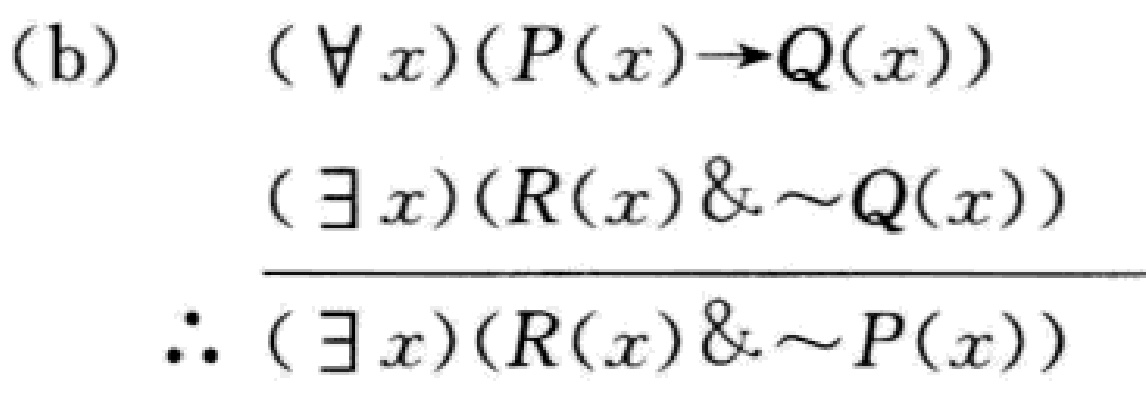
(b) \[

\begin{align*}

&(\forall x)(P(x)\to Q(x))\\

&(\exists x)(R(x)\& \sim Q(x))\\

\hline

&\therefore (\exists x)(R(x)\& \sim P(x))

\end{align*}

\]